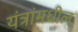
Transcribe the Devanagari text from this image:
यंत्रांमधील